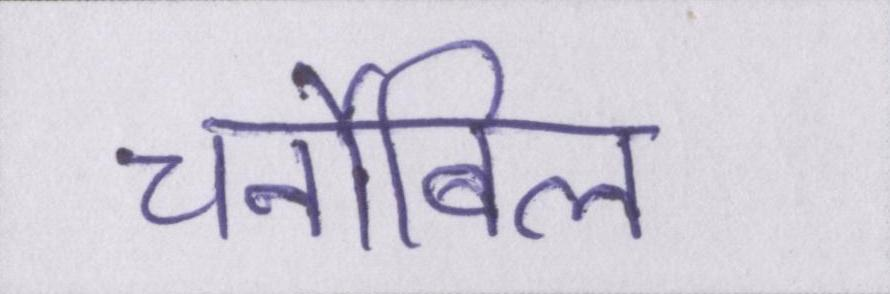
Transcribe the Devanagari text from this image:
चर्नोबिल